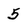
Character: 5